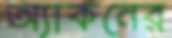
অ্যাকনের